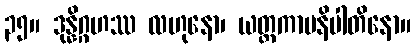
၃၅။ ဒုန္နိဂ္ဂဟဿ လဟုနော၊ ယတ္ထကာမနိပါတိနော။